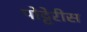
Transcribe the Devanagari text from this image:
पोट्टेरीस